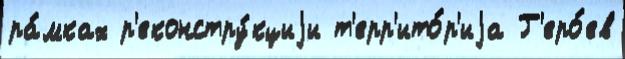
ра́мках р'еконстру́кциjи т'ерр'ито́р'иjа Г'еро́ев